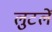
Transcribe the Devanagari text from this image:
लुटलें